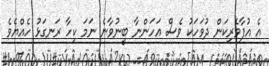
އެ އުފާވެރިކަން ދުވަހަކު ވެސް އަހަންނާ ބީނުވާނެ ނަމަ ކިހާ ރަނގަޅު ހެއްޔެވެ